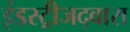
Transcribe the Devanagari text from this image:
इंडस्ट्रीजद्वारा